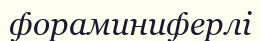
фораминиферлі